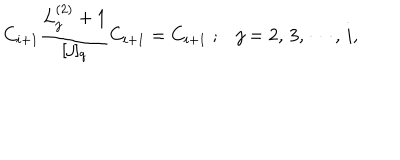
LaTeX: C _ { i + 1 } \frac { L _ { j } ^ { ( 2 ) } + 1 } { [ j ] _ { q } } C _ { i + 1 } = C _ { i + 1 } \; ; j = 2 , \, 3 , \, \cdots , \, i ,